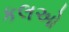
કલઓ